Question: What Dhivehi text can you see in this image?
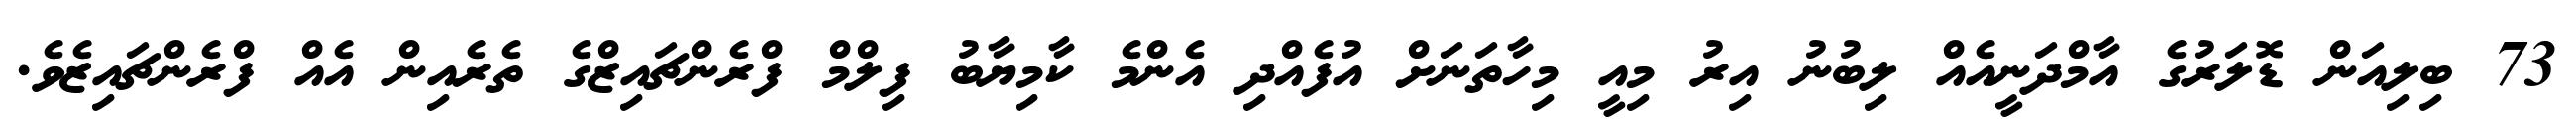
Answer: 73 ބިލިއަން ޑޮލަރުގެ އާމްދަނީއެއް ލިބުނު އިރު މިއީ މިހާތަނަށް އުފެއްދި އެންމެ ކާމިޔާބު ފިލްމް ފްރެންޗައިޒްގެ ތެރެއިން އެއް ފްރެންޗައިޒެވެ.